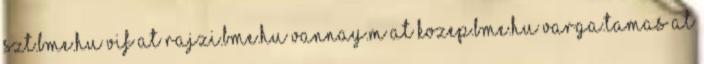
szt.bme.hu vif at rajzi.bme.hu vannay.m at kozep.bme.hu varga.tamas at